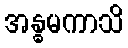
အန္ဓမကာသိ